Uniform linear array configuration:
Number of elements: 8
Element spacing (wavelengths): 0.5
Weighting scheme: binomial
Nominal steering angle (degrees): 45
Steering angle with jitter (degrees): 46.937
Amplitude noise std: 0.05
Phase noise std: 0.05

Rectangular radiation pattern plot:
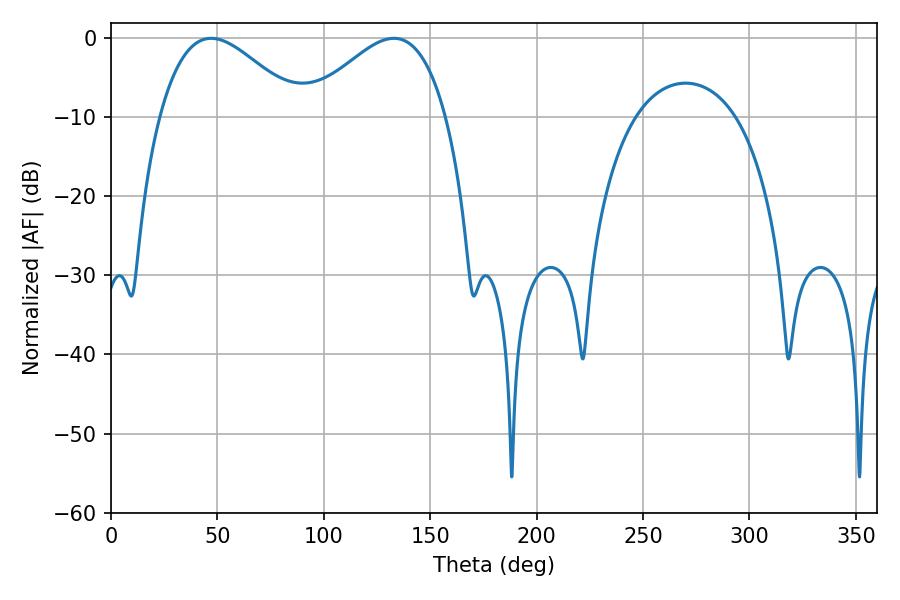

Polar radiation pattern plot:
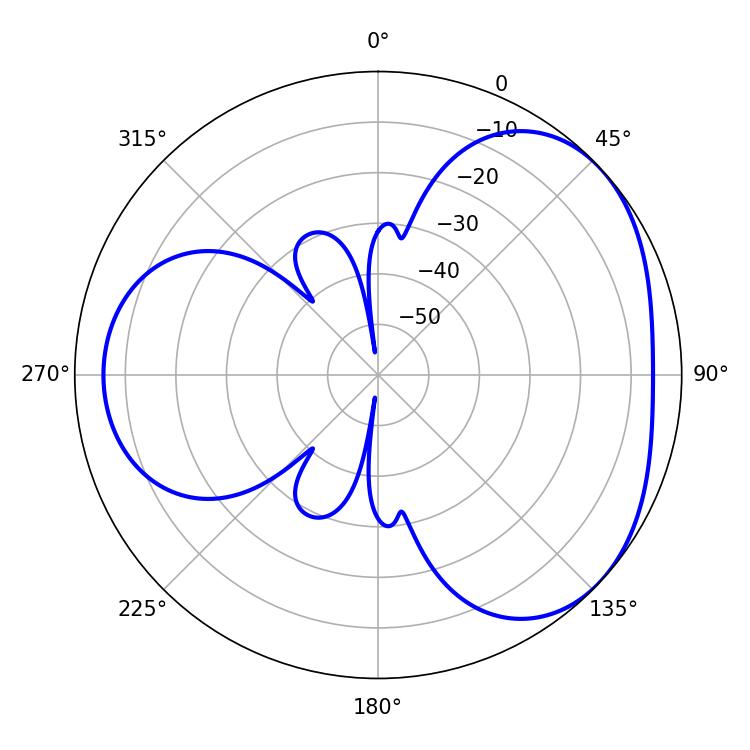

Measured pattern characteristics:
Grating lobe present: FALSE
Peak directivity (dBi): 3.633
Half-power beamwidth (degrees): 35.64
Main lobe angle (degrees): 46.98